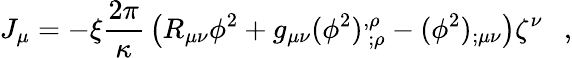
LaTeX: J_{\mu}=-\xi{\frac{2\pi}{\kappa}}\left(R_{\mu\nu}\phi^{2}+g_{\mu\nu}(\phi^{2})_{~;\rho}^{,\rho}-(\phi^{2})_{;\mu\nu}\right)\zeta^{\nu}~~~,